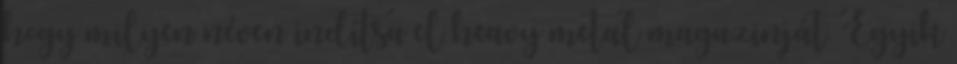
hogy milyen néven indítsa el heavy metal magazinját. Egyik